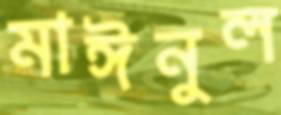
মাঈনুল